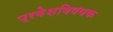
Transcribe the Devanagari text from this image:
प्रवेशविषयक